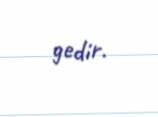
gedir.